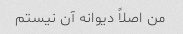
من اصلاً دیوانه آن نیستم